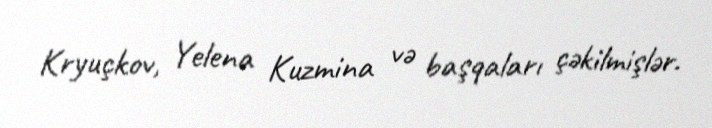
Kryuçkov, Yelena Kuzmina və başqaları çəkilmişlər.